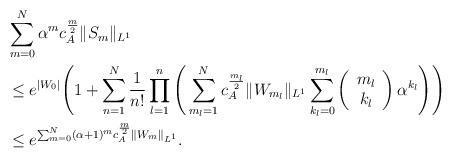
LaTeX: \begin{align*}&\sum_{m=0}^N\alpha^m c_A^{\frac{m}{2}}\|S_m\|_{L^1}\\&\le e^{|W_0|}\Bigg(1+\sum_{n=1}^N\frac{1}{n!}\prod_{l=1}^n\Bigg(\sum_{m_l=1}^Nc_A^{\frac{m_l}{2}}\|W_{m_l}\|_{L^1}\sum_{k_l=0}^{m_l}\left(\begin{array}{c}m_l\\ k_l\end{array}\right)\alpha^{k_l}\Bigg)\Bigg)\\&\le e^{\sum_{m=0}^N(\alpha+1)^mc_A^{\frac{m}{2}}\|W_m\|_{L^1}}.\end{align*}